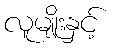
လူမျိုးနှင့်